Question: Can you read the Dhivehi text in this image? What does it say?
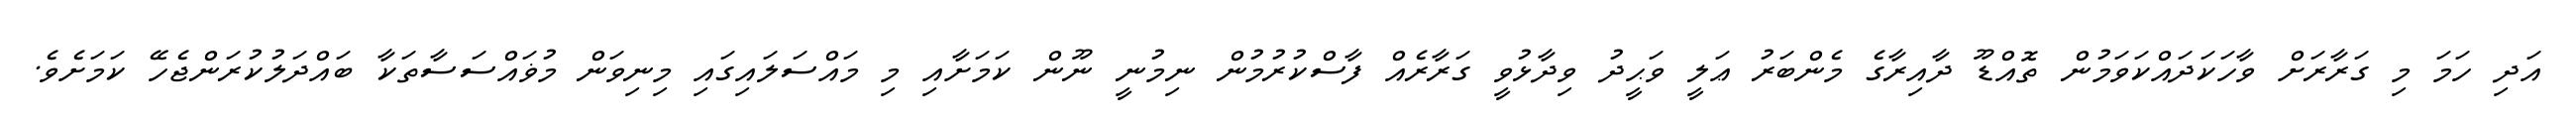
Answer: އަދި ހަމަ މި ގަރާރަށް ވާހަކަދައްކަވަމުން ތޮއްޑޫ ދާއިރާގެ މެންބަރު ޢަލީ ވަޙީދު ވިދާޅުވީ ގަރާރެއް ފާސްކުރުމުން ނިމުނީ ނޫން ކަމަށާއި މި މައްސަލައިގައި މިނިވަން މުޥައްސަސާތަކާ ބައްދަލުކުރަންޖެހޭ ކަމަށެވެ.